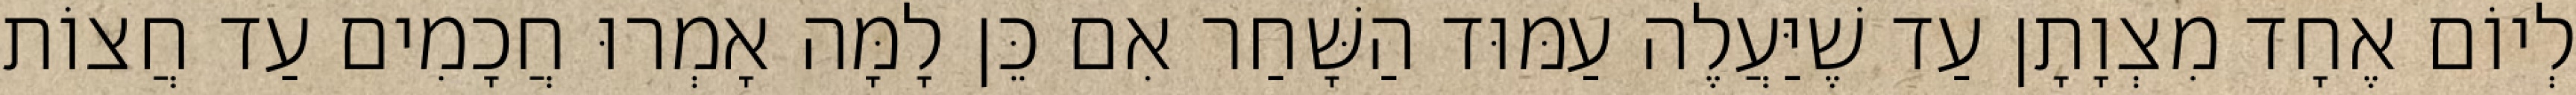
לְיוֹם אֶחָד מִצְוָתָן עַד שֶׁיַּעֲלֶה עַמּוּד הַשָּׁחַר אִם כֵּן לָמָּה אָמְרוּ חֲכָמִים עַד חֲצוֹת